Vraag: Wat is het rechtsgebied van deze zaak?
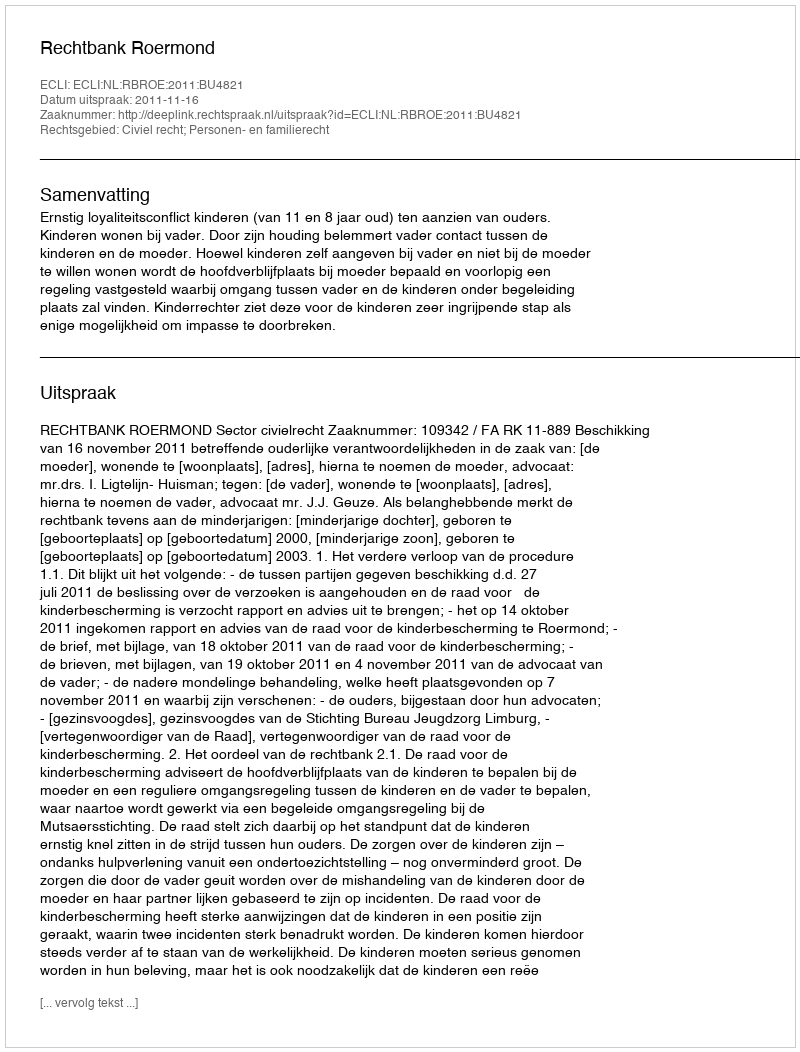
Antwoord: Civiel recht; Personen- en familierecht